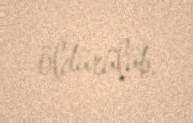
öldürülüb.